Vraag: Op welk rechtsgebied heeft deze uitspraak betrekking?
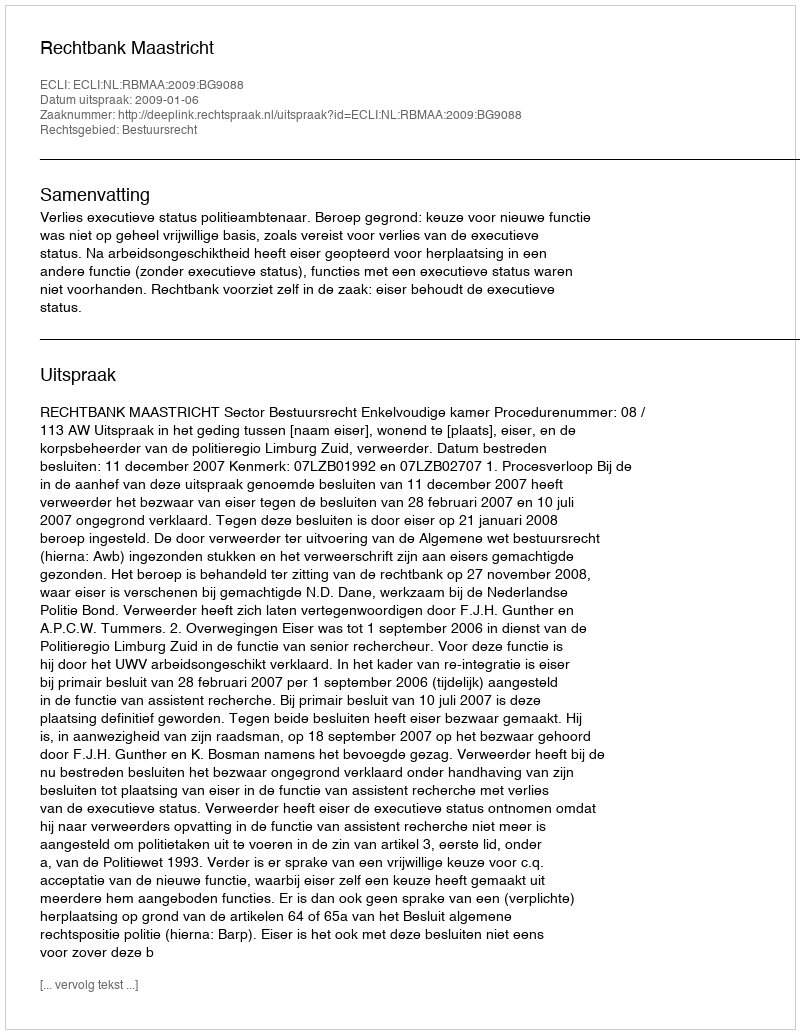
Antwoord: Bestuursrecht